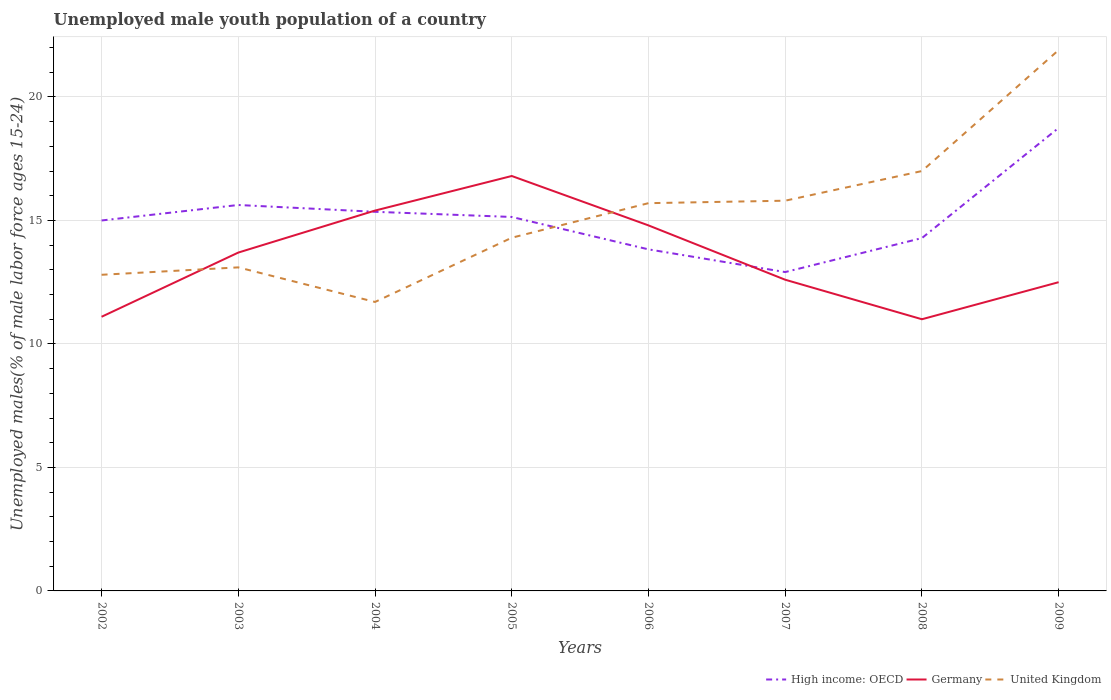
| Years | High income: OECD | Germany | United Kingdom |
 | --- | --- | --- | --- |
 | 2002 | 15 | 11.1 | 12.8 |
 | 2003 | 15.6 | 13.7 | 13.1 |
 | 2004 | 15.4 | 15.4 | 11.7 |
 | 2005 | 15.1 | 16.8 | 14.3 |
 | 2006 | 13.8 | 14.8 | 15.7 |
 | 2007 | 12.9 | 12.6 | 15.8 |
 | 2008 | 14.3 | 11 | 17 |
 | 2009 | 18.7 | 12.5 | 21.9 |